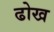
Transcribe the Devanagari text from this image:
ढोख